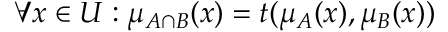
\forall x \in { U } : \mu _ { A \cap { B } } ( x ) = t ( \mu _ { A } ( x ) , \mu _ { B } ( x ) )